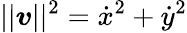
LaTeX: ||\boldsymbol v||^{2}=\dot{x}^{2}+\dot{y}^{2}